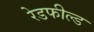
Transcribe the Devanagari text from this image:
रेडफील्ड